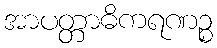
အာပတ္တာဓိကရဏဉ္စ